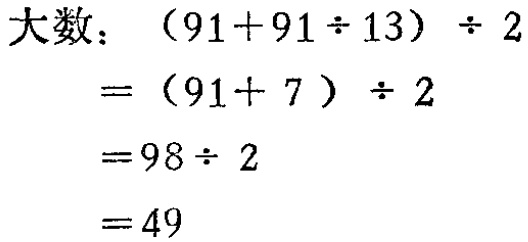
大数：\((91 + 91\div13)\div2\)
\(=(91 + 7)\div2\)
\(=98\div2\)
\(=49\)